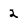
Character: 2